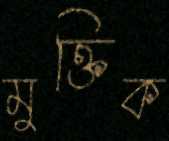
মুক্তিক